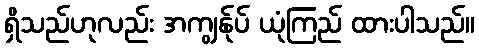
ရှိသည်ဟုလည်း အကျွန်ုပ် ယုံကြည် ထားပါသည်။